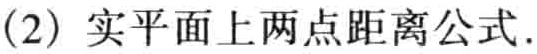
(2) 实平面上两点距离公式.